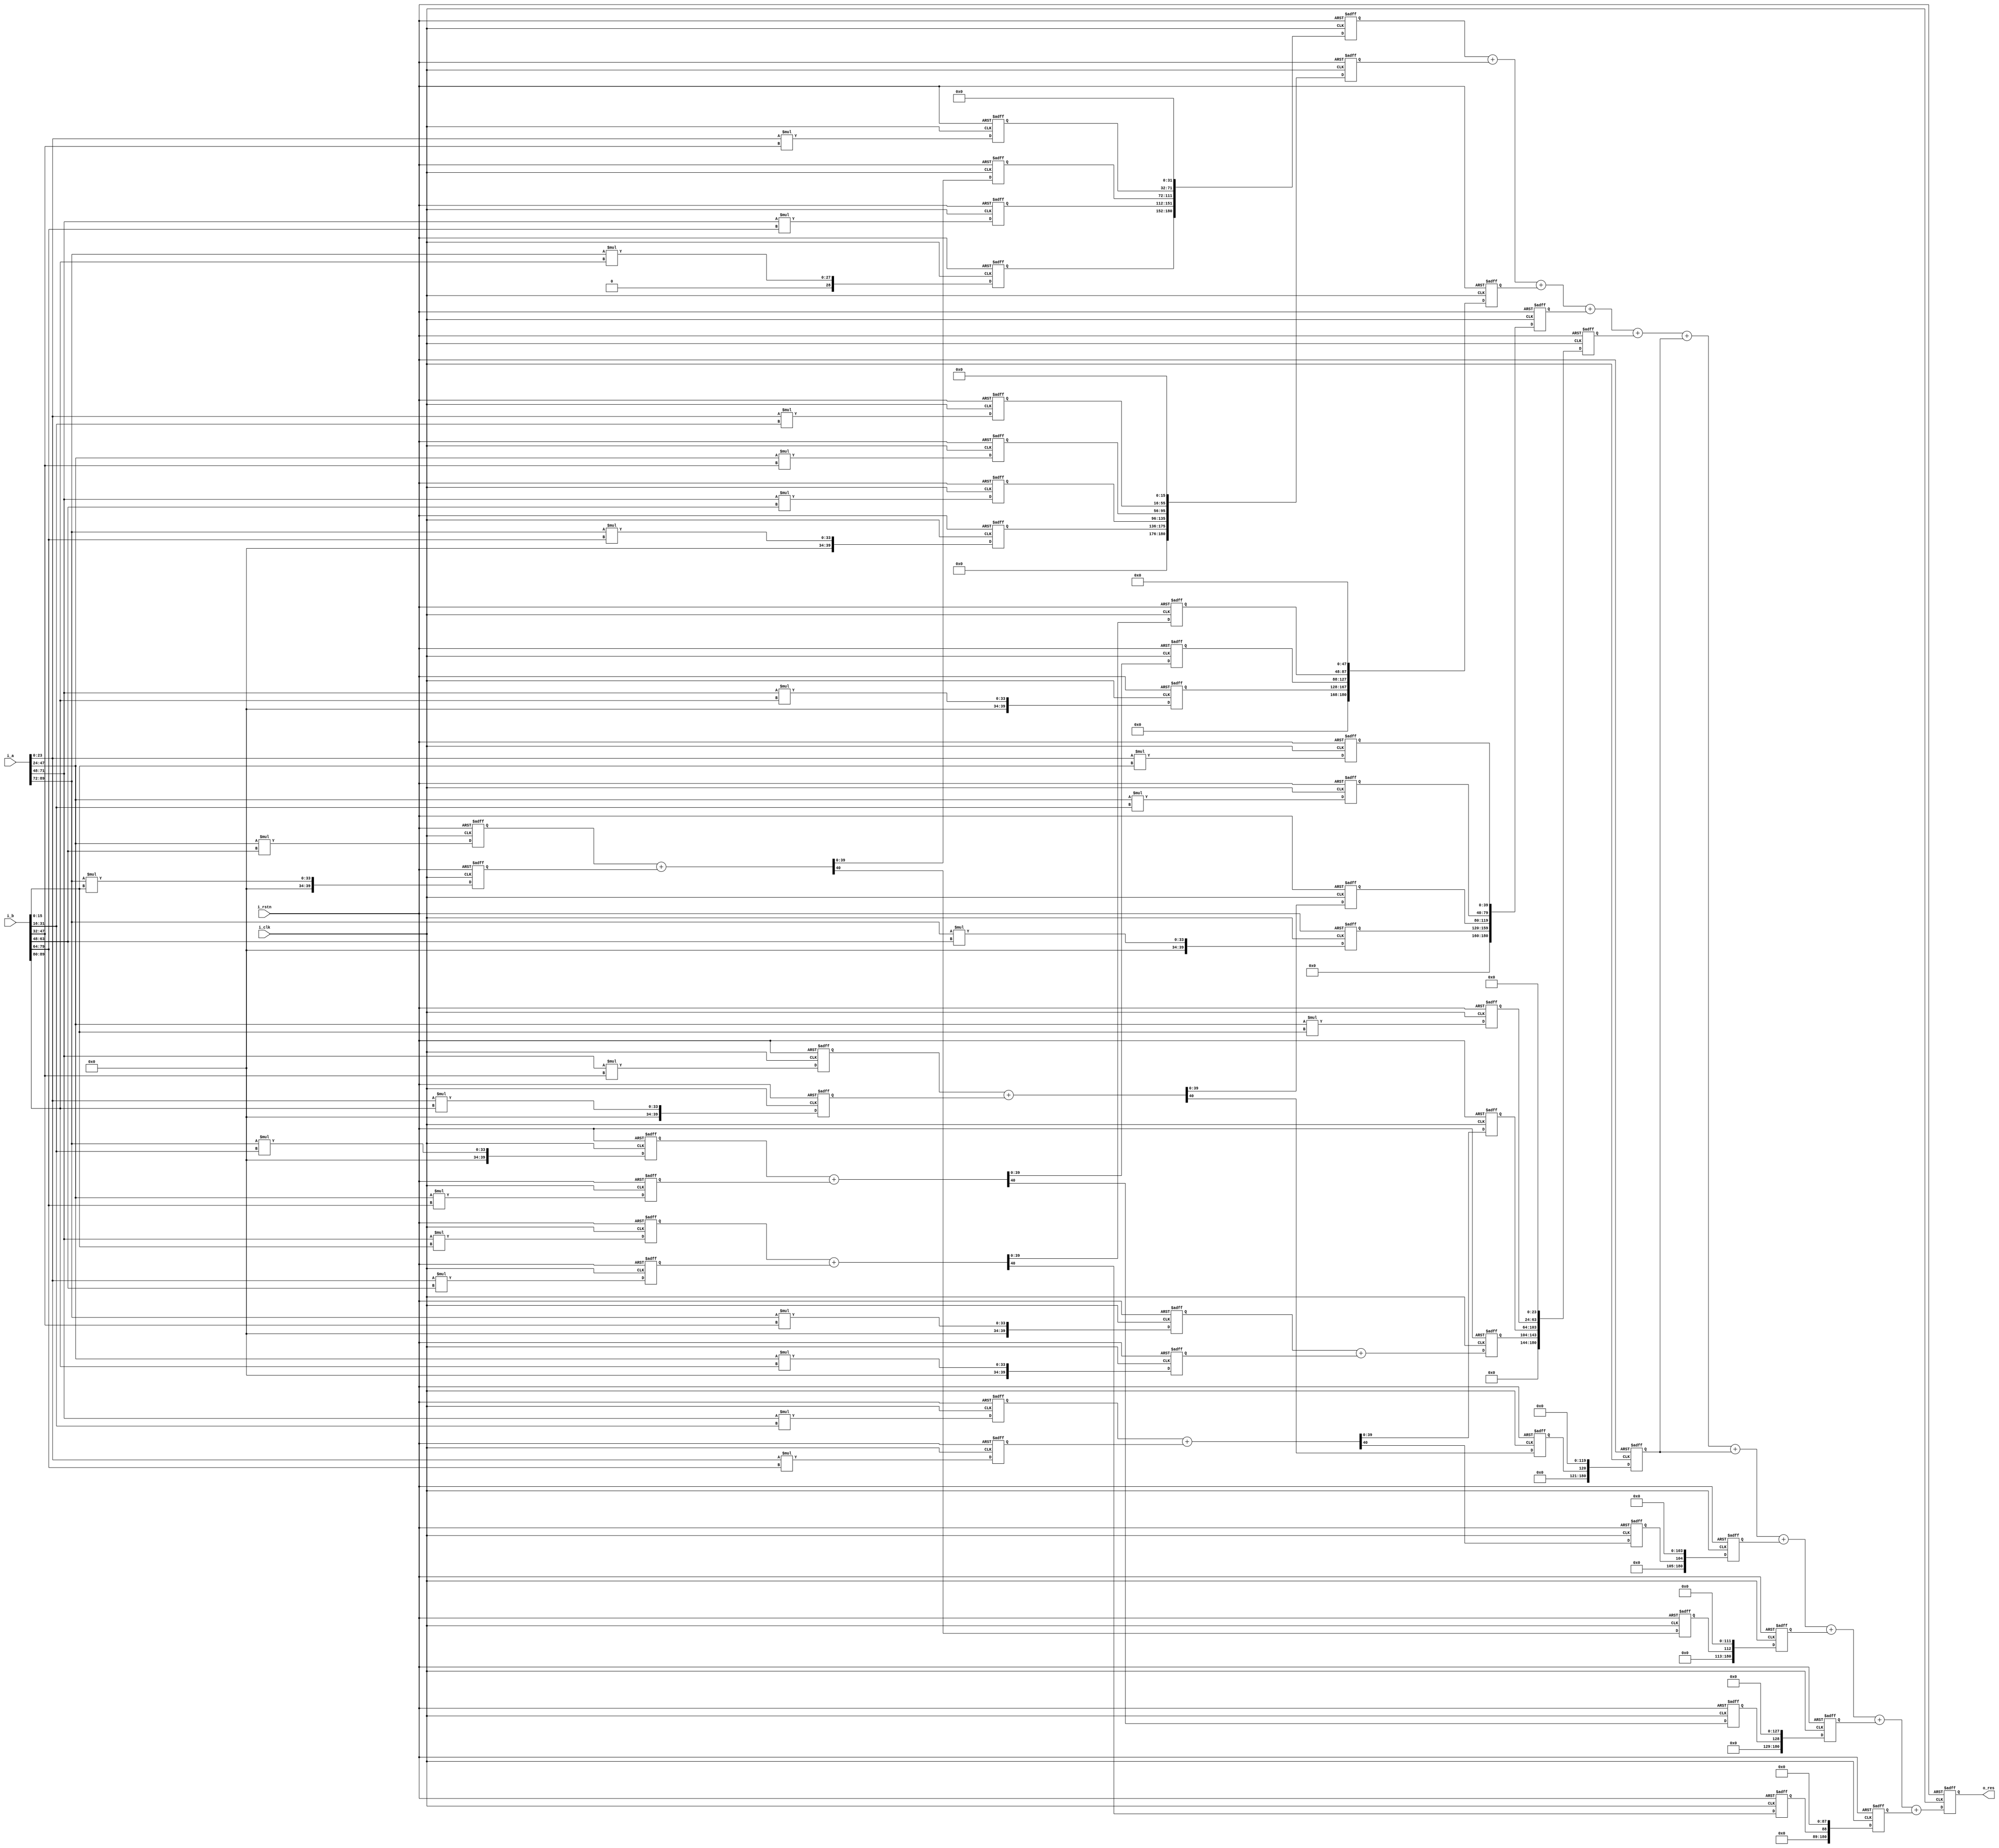
//the mmm mult of with the NLP
module mmm_nlp_90b#(
    parameter       ODW         =       181,
    parameter       IDW         =       90,
    parameter       OAW         =       24,
    parameter       OBW         =       16
)(
    //system sigals
    input                       i_clk,
    input                       i_rstn,
    //input signals
    input   [IDW-1:0]           i_a,
    input   [IDW-1:0]           i_b,

    output  [ODW-1:0]           o_res
);
    //parameter defination 
    localparam      RESW        =       OAW + OBW;
    localparam      ORSW        =       RESW + 1;
    localparam      LSW         =       88;
    localparam      HSW         =       93;

    //defination of wire and reg
    wire    [OAW-1:0]           x0;
    wire    [OAW-1:0]           x1;
    wire    [OAW-1:0]           x2;
    wire    [OAW-1:0]           x3;

    wire    [OBW-1:0]           y0;
    wire    [OBW-1:0]           y1;
    wire    [OBW-1:0]           y2;
    wire    [OBW-1:0]           y3;
    wire    [OBW-1:0]           y4;
    wire    [OBW-1:0]           y5;
    //output result
    reg     [ODW-1:0]           res;
    //mid result
    reg     [RESW-1:0]          x0y0;
    reg     [RESW-1:0]          x0y1;
    reg     [RESW-1:0]          x0y2;
    reg     [RESW-1:0]          x0y3;
    reg     [RESW-1:0]          x0y4;
    reg     [RESW-1:0]          x0y5;

    reg     [RESW-1:0]          x1y0;
    reg     [RESW-1:0]          x1y1;
    reg     [RESW-1:0]          x1y2;
    reg     [RESW-1:0]          x1y3;
    reg     [RESW-1:0]          x1y4;
    reg     [RESW-1:0]          x1y5;

    reg     [RESW-1:0]          x2y0;
    reg     [RESW-1:0]          x2y1;
    reg     [RESW-1:0]          x2y2;
    reg     [RESW-1:0]          x2y3;
    reg     [RESW-1:0]          x2y4;
    reg     [RESW-1:0]          x2y5;

    reg     [RESW-1:0]          x3y0;
    reg     [RESW-1:0]          x3y1;
    reg     [RESW-1:0]          x3y2;
    reg     [RESW-1:0]          x3y3;
    reg     [RESW-1:0]          x3y4;
    reg     [RESW-1:0]          x3y5;
    //partitial add
    reg     [RESW-1:0]          x2y2_a_x0y5;
    reg     [RESW-1:0]          x3y2_a_x1y5;
    reg     [RESW-1:0]          x2y1_a_x0y4;
    reg     [RESW-1:0]          x1y3_a_x3y0;
    reg     [RESW-1:0]          x3y1_a_x1y4;
    reg     [RESW-1:0]          x2y0_a_x0y3;

    reg                         x2y2_a_x0y5_c;
    reg                         x3y2_a_x1y5_c;
    reg                         x2y1_a_x0y4_c;
    reg                         x1y3_a_x3y0_c;
    reg                         x3y1_a_x1y4_c;
    reg                         x2y0_a_x0y3_c;

    reg     [ODW-1:0]           x2y2_a_x0y5_c_a;
    reg     [ODW-1:0]           x3y2_a_x1y5_c_a;
    reg     [ODW-1:0]           x2y1_a_x0y4_c_a;
    reg     [ODW-1:0]           x1y3_a_x3y0_c_a;
    reg     [ODW-1:0]           x3y1_a_x1y4_c_a;
    reg     [ODW-1:0]           x2y0_a_x0y3_c_a;
    //make multi bits as the unit
    reg     [ODW-1:0]           shift_r_136b;
    reg     [ODW-1:0]           shift_r_120b;
    reg     [ODW-1:0]           shift_r_104b;
    reg     [ODW-1:0]           shift_r_152b;
    reg     [ODW-1:0]           shift_r_128b;
    //part of result
    //reg     [LSW-1:0]           DSL;
    //reg     [HSW-1:0]           DSH;


    assign  {x3,x2,x1,x0}       =   {6'b0,i_a};
    assign  {y5,y4,y3,y2,y1,y0} =   {6'b0,i_b};

    //pipeline 1
    always @(posedge i_clk or negedge i_rstn) begin
        if(!i_rstn) begin
            x0y0    <=   {RESW{1'b0}};
            x0y1    <=   {RESW{1'b0}};
            x0y2    <=   {RESW{1'b0}};
            x0y3    <=   {RESW{1'b0}};
            x0y4    <=   {RESW{1'b0}};
            x0y5    <=   {RESW{1'b0}};

            x1y0    <=   {RESW{1'b0}};
            x1y1    <=   {RESW{1'b0}};
            x1y2    <=   {RESW{1'b0}};
            x1y3    <=   {RESW{1'b0}};
            x1y4    <=   {RESW{1'b0}};
            x1y5    <=   {RESW{1'b0}};

            x2y0    <=   {RESW{1'b0}};
            x2y1    <=   {RESW{1'b0}};
            x2y2    <=   {RESW{1'b0}};
            x2y3    <=   {RESW{1'b0}};
            x2y4    <=   {RESW{1'b0}};
            x2y5    <=   {RESW{1'b0}};

            x3y0    <=   {RESW{1'b0}};
            x3y1    <=   {RESW{1'b0}};
            x3y2    <=   {RESW{1'b0}};
            x3y3    <=   {RESW{1'b0}};
            x3y4    <=   {RESW{1'b0}};
            x3y5    <=   {RESW{1'b0}};
        end
        else begin
            x0y0    <=   x0 * y0;   //<<0
            x0y1    <=   x0 * y1;   //<<16
            x0y2    <=   x0 * y2;   //<<32
            x0y3    <=   x0 * y3;   //<<48
            x0y4    <=   x0 * y4;   //<<64
            x0y5    <=   x0 * y5;   //<<80

            x1y0    <=   x1 * y0;   
            x1y1    <=   x1 * y1;
            x1y2    <=   x1 * y2;
            x1y3    <=   x1 * y3;
            x1y4    <=   x1 * y4;
            x1y5    <=   x1 * y5;

            x2y0    <=   x2 * y0;
            x2y1    <=   x2 * y1;
            x2y2    <=   x2 * y2;
            x2y3    <=   x2 * y3;
            x2y4    <=   x2 * y4;
            x2y5    <=   x2 * y5;

            x3y0    <=   x3 * y0;
            x3y1    <=   x3 * y1;
            x3y2    <=   x3 * y2;
            x3y3    <=   x3 * y3;
            x3y4    <=   x3 * y4;
            x3y5    <=   x3 * y5;
        end
    end

    //pipeline 2
    always @(posedge i_clk or negedge i_rstn) begin
        if(!i_rstn) begin
            {x2y2_a_x0y5_c, x2y2_a_x0y5}    <=  {ORSW{1'b0}};   //80
            {x3y2_a_x1y5_c, x3y2_a_x1y5}    <=  {ORSW{1'b0}};   //104
            {x2y1_a_x0y4_c, x2y1_a_x0y4}    <=  {ORSW{1'b0}};   //64
            {x1y3_a_x3y0_c, x1y3_a_x3y0}    <=  {ORSW{1'b0}};   //72
            {x3y1_a_x1y4_c, x3y1_a_x1y4}    <=  {ORSW{1'b0}};   //88
            {x2y0_a_x0y3_c, x2y0_a_x0y3}    <=  {ORSW{1'b0}};   //48
        end
        else begin
            {x2y2_a_x0y5_c, x2y2_a_x0y5}    <=  x2y2 + x0y5;
            {x3y2_a_x1y5_c, x3y2_a_x1y5}    <=  x3y2 + x1y5;
            {x2y1_a_x0y4_c, x2y1_a_x0y4}    <=  x2y1 + x0y4;
            {x1y3_a_x3y0_c, x1y3_a_x3y0}    <=  x1y3 + x3y0;
            {x3y1_a_x1y4_c, x3y1_a_x1y4}    <=  x3y1 + x1y4;
            {x2y0_a_x0y3_c, x2y0_a_x0y3}    <=  x2y0 + x0y3;
        end
    end

    //extends the carry
    always @(posedge i_clk or negedge i_rstn) begin
	if(!i_rstn) begin
	    x2y2_a_x0y5_c_a	<=	{ODW{1'b0}};
	    x3y2_a_x1y5_c_a	<=	{ODW{1'b0}};
	    x2y1_a_x0y4_c_a	<=	{ODW{1'b0}};
	    x1y3_a_x3y0_c_a	<=	{ODW{1'b0}};
	    x3y1_a_x1y4_c_a	<=	{ODW{1'b0}};
 	    x2y0_a_x0y3_c_a	<=	{ODW{1'b0}};
	end	
	else begin
            x2y2_a_x0y5_c_a     <=  	{{(ODW-1){1'b0}},x2y2_a_x0y5_c}   <<   120;
            x3y2_a_x1y5_c_a     <=  	{{(ODW-1){1'b0}},x3y2_a_x1y5_c}   <<   144;
            x2y1_a_x0y4_c_a     <=  	{{(ODW-1){1'b0}},x2y1_a_x0y4_c}   <<   104;
            x1y3_a_x3y0_c_a     <=  	{{(ODW-1){1'b0}},x1y3_a_x3y0_c}   <<   112;
            x3y1_a_x1y4_c_a     <=  	{{(ODW-1){1'b0}},x3y1_a_x1y4_c}   <<   128;
            x2y0_a_x0y3_c_a     <=  	{{(ODW-1){1'b0}},x2y0_a_x0y3_c}   <<   88;
	end
    end

    //the conb of the multi result
    always @(posedge i_clk or negedge i_rstn) begin
        if(!i_rstn) begin
            shift_r_136b    <=  {ODW{1'b0}};
            shift_r_120b    <=  {ODW{1'b0}};
            shift_r_104b    <=  {ODW{1'b0}};
            shift_r_152b    <=  {ODW{1'b0}};
            shift_r_128b    <=  {ODW{1'b0}};
        end
        else begin
            shift_r_136b    <=  /*{x3y4,x2y3,x1y2,x0y1} << 16;*/{{(ODW-(4*40)){1'b0}},{x3y4,x2y3,x1y2,x0y1}} << 16;
            shift_r_120b    <=  /*{x3y3,x2y2_a_x0y5,x1y1,x0y0};*/{{(ODW-(4*40)){1'b0}},{x3y3,x2y2_a_x0y5,x1y1,x0y0}};
            shift_r_104b    <=  /*{x3y2_a_x1y5,x2y1_a_x0y4,x1y0} << 24;*/{{(ODW-(3*40)){1'b0}},{x3y2_a_x1y5,x2y1_a_x0y4,x1y0}} << 24;
            shift_r_152b    <=  /*{x3y5,x2y4,x1y3_a_x3y0,x0y2} << 32;*/{{(ODW-(4*40)){1'b0}},{x3y5,x2y4,x1y3_a_x3y0,x0y2}} << 32;
            shift_r_128b    <=  /*{x2y5,x3y1_a_x1y4,x2y0_a_x0y3} << 48;*/{{(ODW-(3*40)){1'b0}},{x2y5,x3y1_a_x1y4,x2y0_a_x0y3}} << 48;
        end
    end

    always @(posedge i_clk or negedge i_rstn) begin
        if(!i_rstn)
            res     <=  {ODW{1'b0}};
        else
            res     <=  shift_r_152b + shift_r_136b + shift_r_128b + shift_r_120b + shift_r_104b + x2y2_a_x0y5_c_a + x2y2_a_x0y5_c_a + x2y1_a_x0y4_c_a + x1y3_a_x3y0_c_a + x3y1_a_x1y4_c_a + x2y0_a_x0y3_c_a;
    end

    assign  o_res   =   res;
    
endmodule